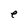
Character: e